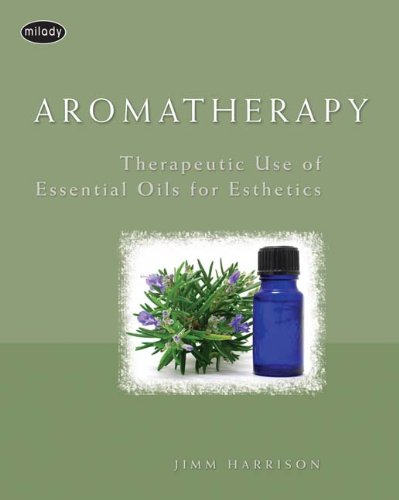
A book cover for Aromatherapy: Therapeutic Use of Essential Oils for Esthetics; Jimm Harrison; Health, Fitness & Dieting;